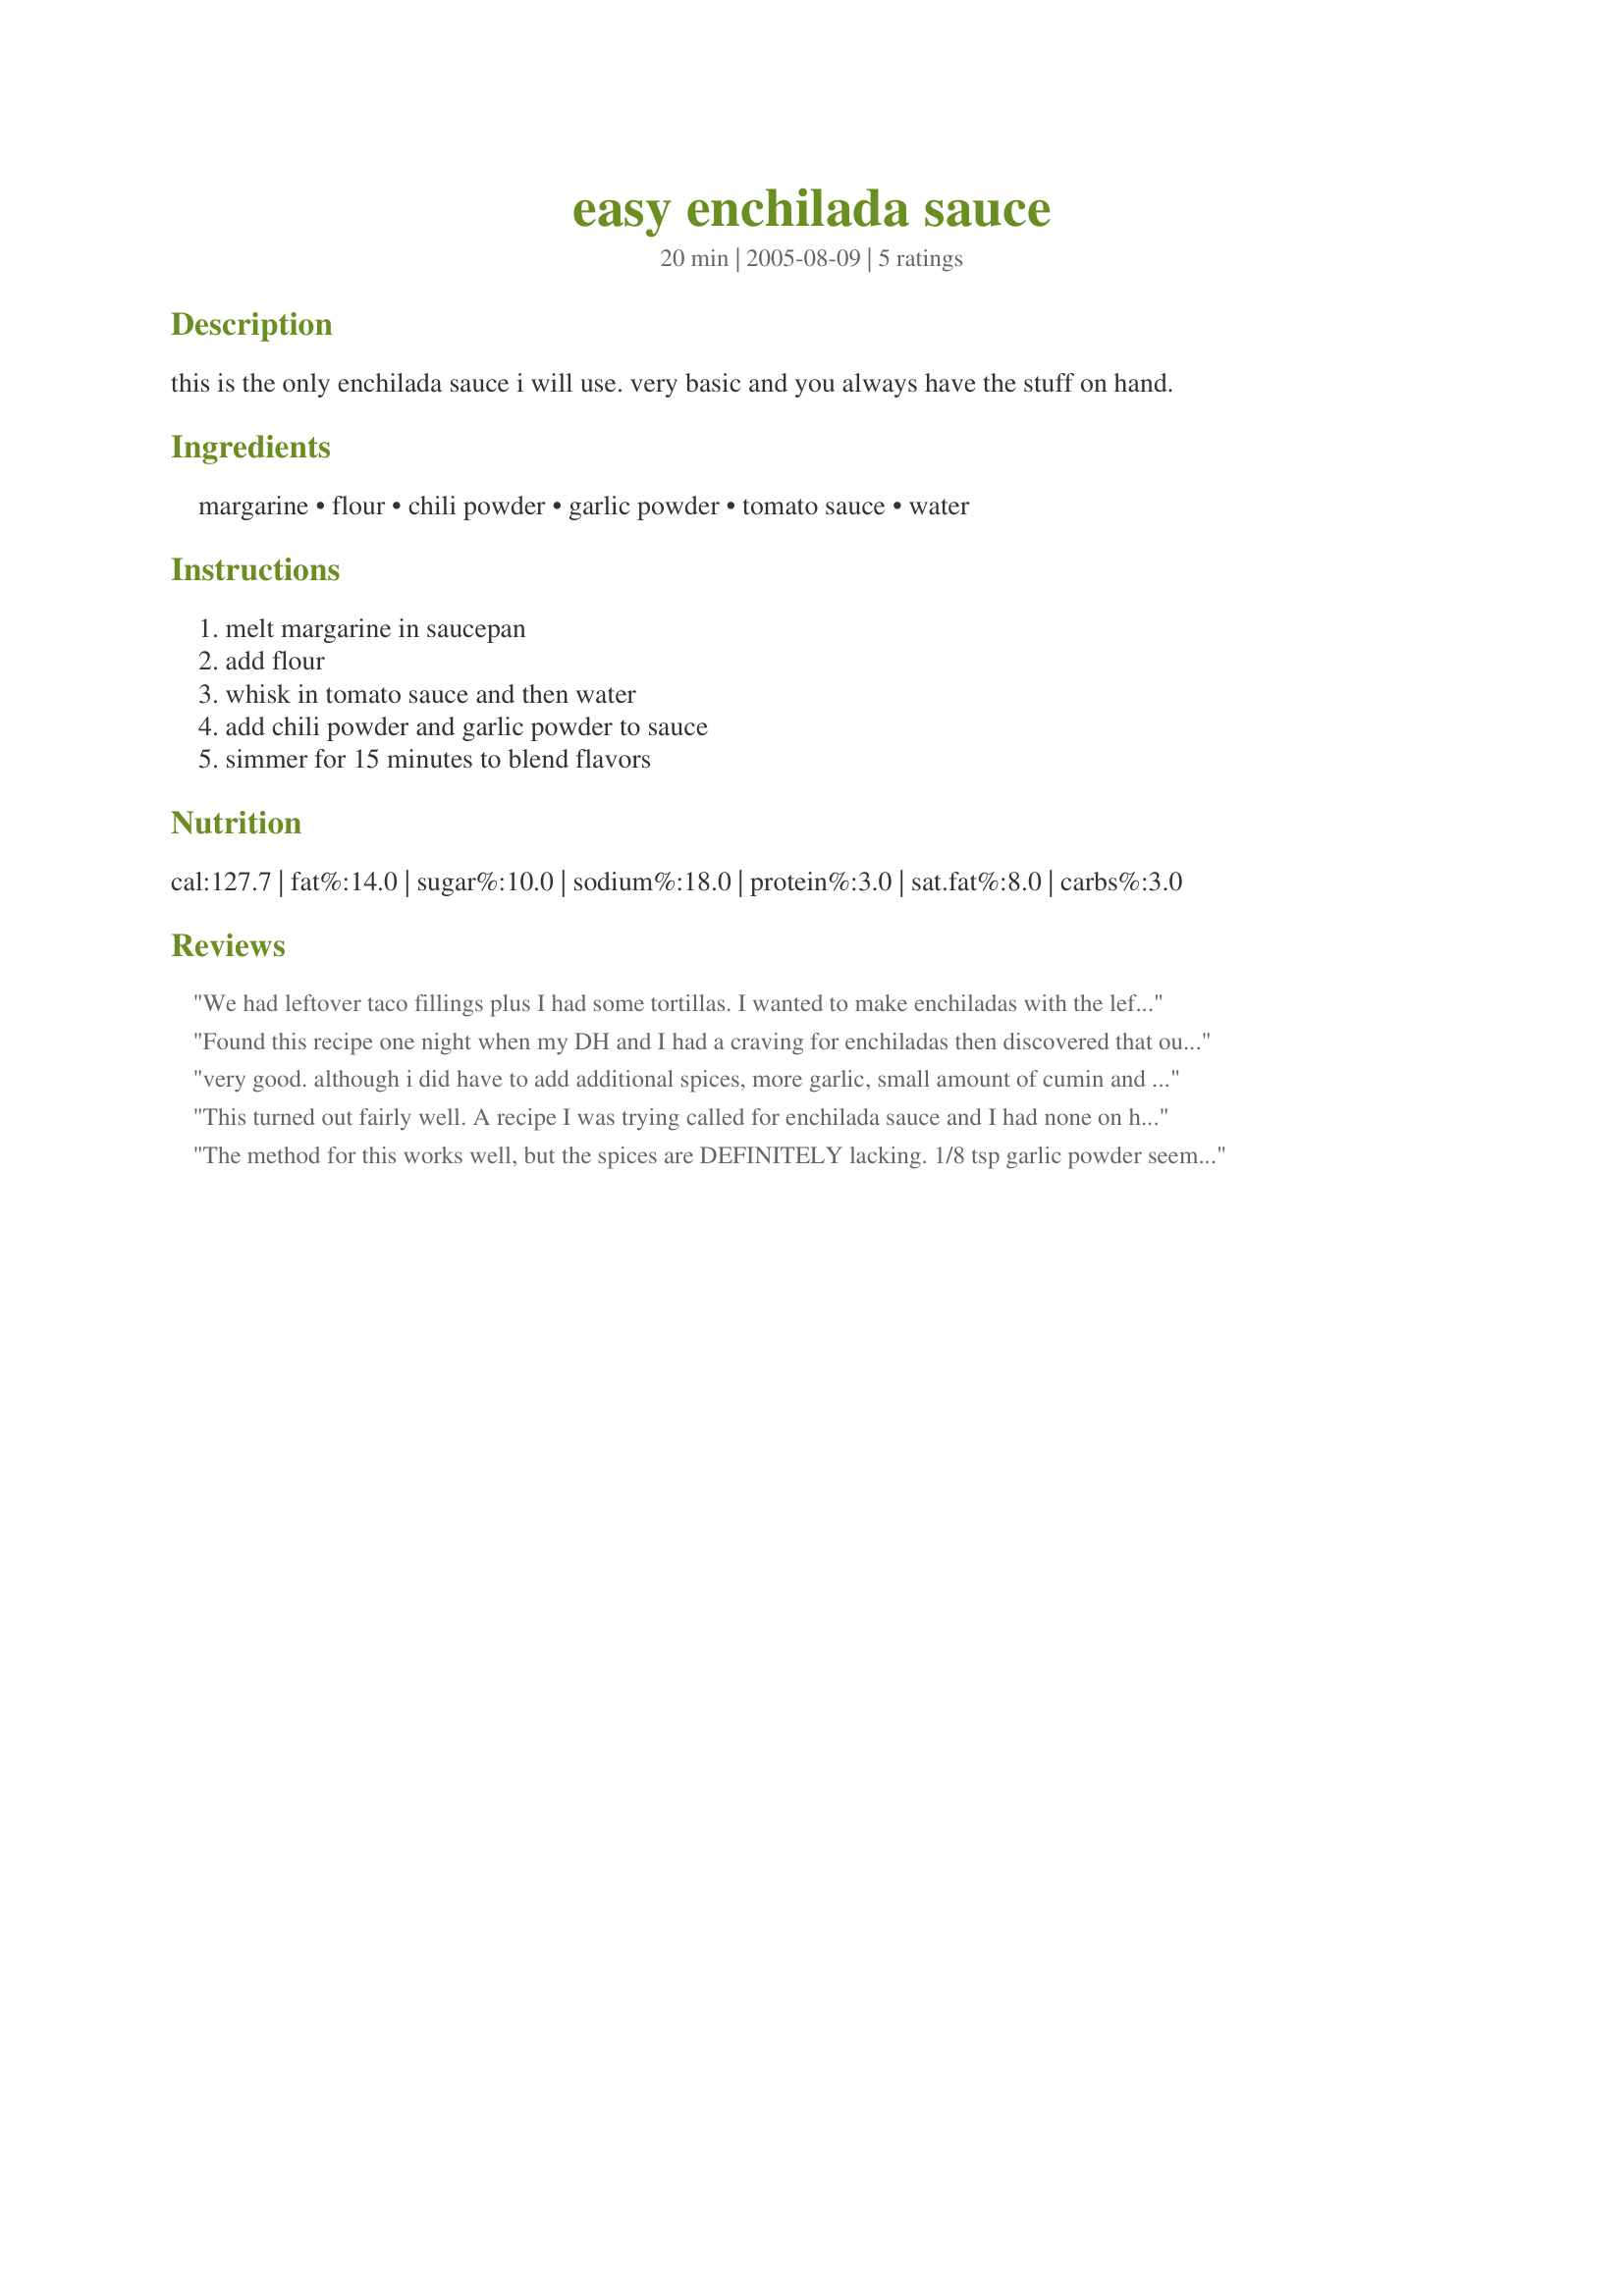
easy enchilada sauce
Preparation time: 20 minutes

this is the only enchilada sauce i will use. very basic and you always have the stuff on hand.

Ingredients:
margarine, flour, chili powder, garlic powder, tomato sauce, water

Steps:
melt margarine in saucepan, add flour, whisk in tomato sauce and then water, add chili powder and garlic powder to sauce, simmer for 15 minutes to blend flavors

Reviews:
We had leftover taco fillings plus I had some tortillas. I wanted to make enchiladas with the leftovers but I didn&#039;t have any enchilada sauce. Other recipes had too many steps and ingredients I didn&#039;t have. I probably would have preferred to go to store to buys sauce but never again after I found this simple recipe. I followed everything except I did not have chilli powder so I used a packet of red pepper flakes you get from pizza delivery. After I put can of tomato sauce I filled it with water and dumped that in. I rolled my leftover taco fillings in the tortillas and covered it in this sauce and it was great. The sauce was terrific. So easy and tasty. Adjust garlic powder to your preferences and I also sprinkled some cumin in. Thank you for posting your recipe!!
Found this recipe one night when my DH and I had a craving for enchiladas then discovered that our grocery store doesn't carry enchilada sauce! I wound up substituting an 8 oz bottle of mild taco sauce (as that's what I had on hand) for the tomato sauce in this recipe and it came out great, very flavorful, and extremely simple to make.
very good. although i did have to add additional spices, more garlic, small amount of cumin and some red pepper to spice it up a little. I will be using this again as I always have these ingredients handy! thanks
This turned out fairly well. A recipe I was trying called for enchilada sauce and I had none on hand. This was simple to put together and I think worked out nicely.
The method for this works well, but the spices are DEFINITELY lacking. 1/8 tsp garlic powder seems like waay nothing. This amoung of sauce makes enough for a 9x13 pan of enchiladas, so I added a full Tbsp of garlic powder, and about a teaspoon of red pepper flakes. This did keep a quick meal of enchiladas very quick during a busy week, and yet still be homemade ;)
